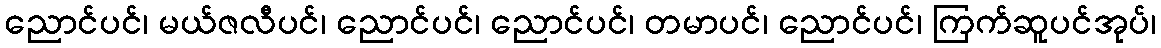
ညောင်ပင်၊ မယ်ဇလီပင်၊ ညောင်ပင်၊ ညောင်ပင်၊ တမာပင်၊ ညောင်ပင်၊ ကြက်ဆူပင်အုပ်၊